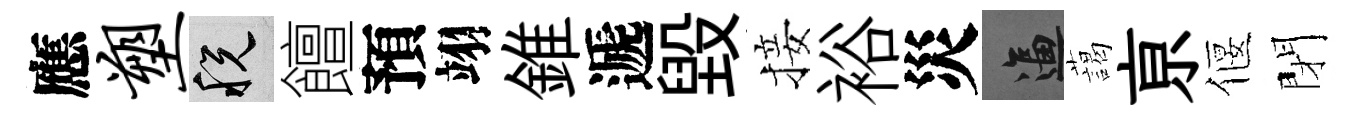
應塑税饘預翊錐遞毁接裕災逼藹亰偃閉